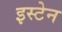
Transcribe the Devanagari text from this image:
इस्टेन